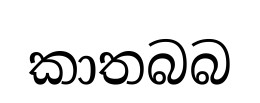
කාතබබ